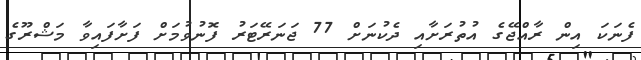
ފެނަކަ އިން ރާއްޖޭގެ އުތުރަށާއި ދެކުނަށް 77 ޖަނަރޭޓަރު ފޮނުވުމަށް ފަށާފައިވާ މަޝްރޫގެ